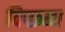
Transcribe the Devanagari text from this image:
विष्क्रमा